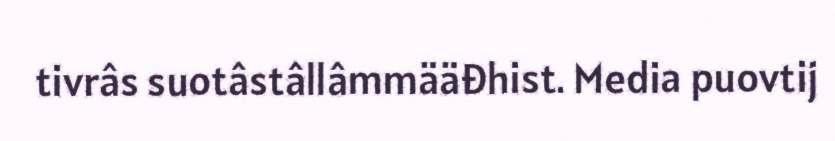
tivrâs suotâstâllâmmääđhist. Media puovtij